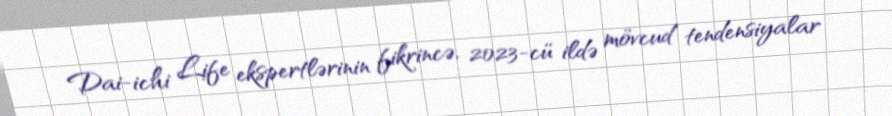
Dai-ichi Life ekspertlərinin fikrincə, 2023-cü ildə mövcud tendensiyalar